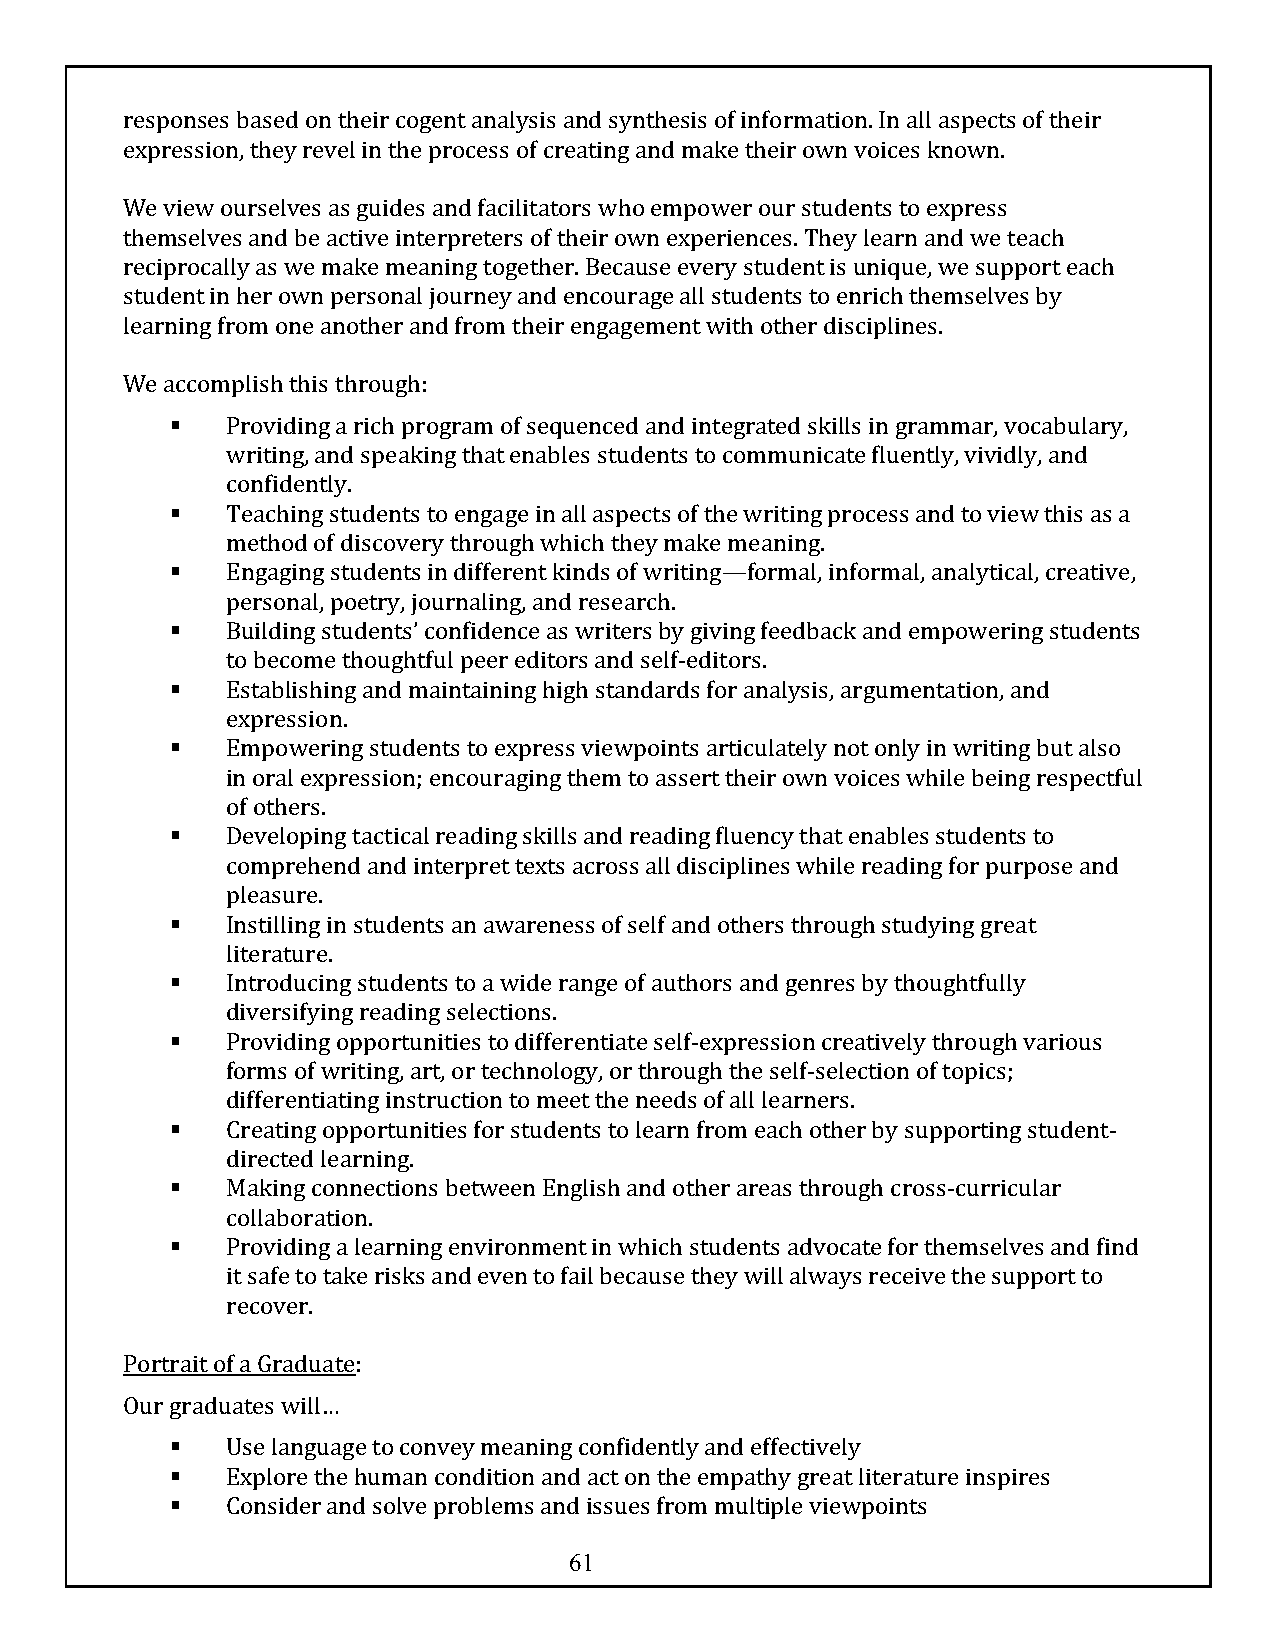
responses based on their cogent analysis and synthesis of information. In all aspects of their
 expression, they revel in the process of creating and make their own voices known.
 We view ourselves as guides and facilitators who empower our students to express
 themselves and be active interpreters of their own experiences. They learn and we teach
 reciprocally as we make meaning together. Because every student is unique, we support each
 student in her own personal journey and encourage all students to enrich themselves by
 learning from one another and from their engagement with other disciplines.
 We accomplish this through:
 §   Providing a rich program of sequenced and integrated skills in grammar, vocabulary,
 writing, and speaking that enables students to communicate fluently, vividly, and
 confidently.
 §   Teaching students to engage in all aspects of the writing process and to view this as a
 method of discovery through which they make meaning.
 §   Engaging students in different kinds of writing—formal, informal, analytical, creative,
 personal, poetry, journaling, and research.
 §   Building students’ confidence as writers by giving feedback and empowering students
 to become thoughtful peer editors and self-editors.
 §   Establishing and maintaining high standards for analysis, argumentation, and
 expression.
 §   Empowering students to express viewpoints articulately not only in writing but also
 in oral expression; encouraging them to assert their own voices while being respectful
 of others.
 §   Developing tactical reading skills and reading fluency that enables students to
 comprehend and interpret texts across all disciplines while reading for purpose and
 pleasure.
 §   Instilling in students an awareness of self and others through studying great
 literature.
 §   Introducing students to a wide range of authors and genres by thoughtfully
 diversifying reading selections.
 §   Providing opportunities to differentiate self-expression creatively through various
 forms of writing, art, or technology, or through the self-selection of topics;
 differentiating instruction to meet the needs of all learners.
 §   Creating opportunities for students to learn from each other by supporting student-
 directed learning.
 §   Making connections between English and other areas through cross-curricular
 collaboration.
 §   Providing a learning environment in which students advocate for themselves and find
 it safe to take risks and even to fail because they will always receive the support to
 recover.
 Portrait of a Graduate:
 Our graduates will…
 §   Use language to convey meaning confidently and effectively
 §   Explore the human condition and act on the empathy great literature inspires
 §   Consider and solve problems and issues from multiple viewpoints
 61